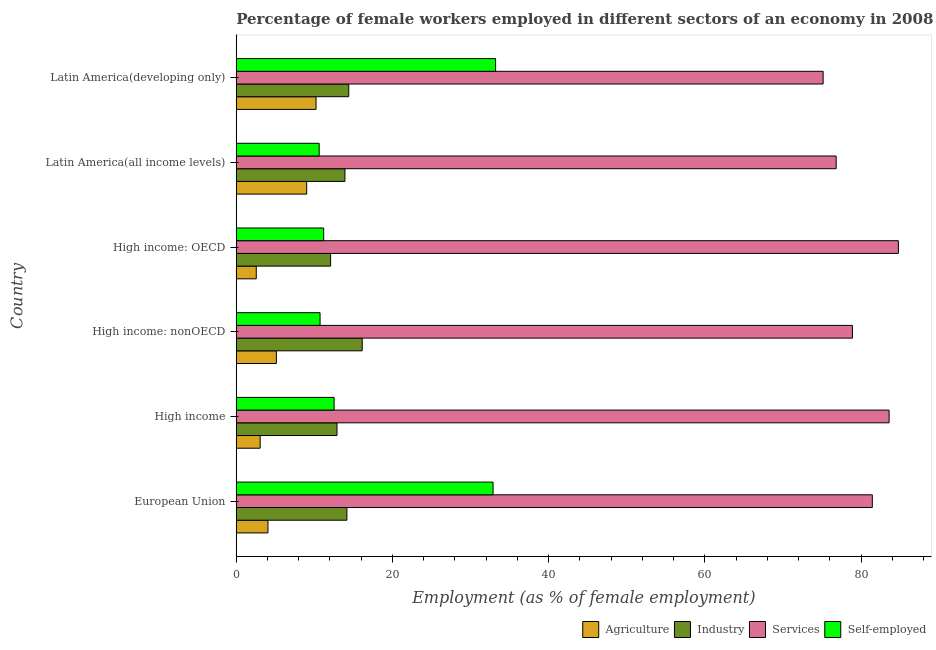
| Country | Agriculture | Industry | Services | Self-employed |
 | --- | --- | --- | --- | --- |
 | European Union | 4.06 | 14.2 | 81.4 | 32.9 |
 | High income | 3.06 | 12.9 | 83.6 | 12.5 |
 | High income: nonOECD | 5.14 | 16.1 | 78.9 | 10.7 |
 | High income: OECD | 2.56 | 12.1 | 84.8 | 11.2 |
 | Latin America(all income levels) | 9.02 | 13.9 | 76.8 | 10.6 |
 | Latin America(developing only) | 10.2 | 14.4 | 75.1 | 33.2 |